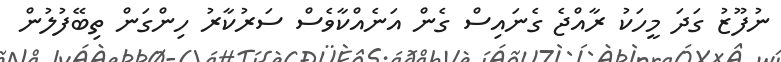
ނުފޫޒު ގަދަ މީހަކު ރާއްޖެ ގެނައިސް ގެން އަނެއްކާވެސް ސަރުކާރު ހިންގަން ތިބޭފުލުން